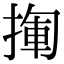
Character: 𢰄